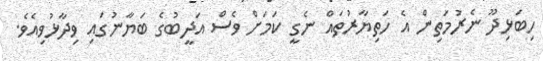
ހިބަޅިދޫ ނެރުމަތިން އެ ހަތިޔާރުތައް ނެގީ ކަމަށް ވެސް އަދީބުގެ ބަޔާނުގައި ވިދާޅުވިއެވެ.